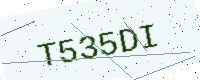
Text: T535DI